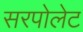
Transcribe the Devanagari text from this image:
सरपोलेट